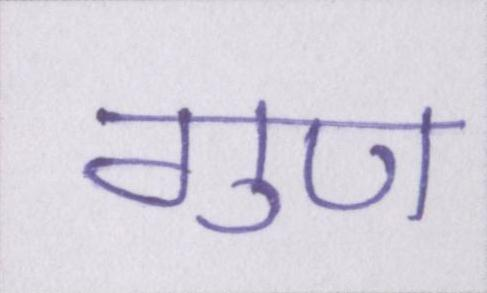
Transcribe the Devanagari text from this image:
गुण